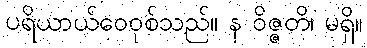
ပရိယာယ်ဝေဝုစ်သည်။ န ဝိဇ္ဇတိ၊ မရှိ။